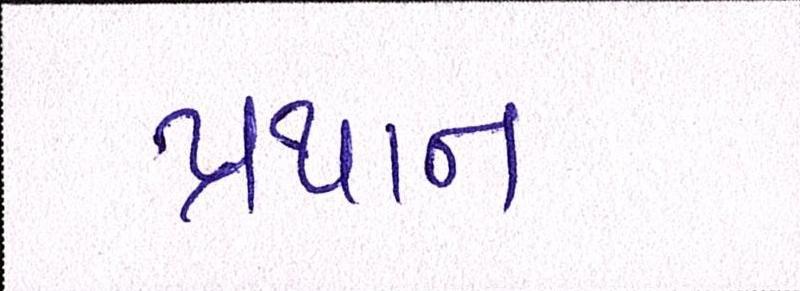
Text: પ્રથાન